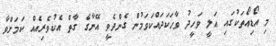
މި އޯޑިއޯތަކުގައި އަލީ ވަހީދު ވާހަކަދައްކަވަމުން ގެންދެވީ އޭނާގެ ގާތް އެކުވެރިއެއް ކަމަށްވާ